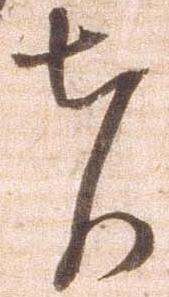
者